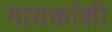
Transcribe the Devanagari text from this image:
गायकांशी